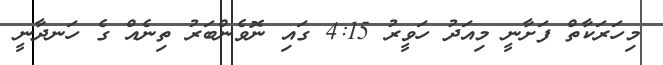
މިހަރަކާތް ފަށާނީ މިއަދު ހަވީރު 4:15 ގައި ނޮވެންބަރު ތިނެއް ގެ ހަނދާނީ